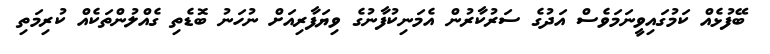
ބޭފުޅެއް ކަމުގައިވީނަމަވެސް އަދުގެ ސަރުކާރުން އެމަނިކުފާނުގެ ވިޔަފާރިއަށް ނުހަނު ބޮޑެތި ގެއްލުންތަކެއް ކުރިމަތި